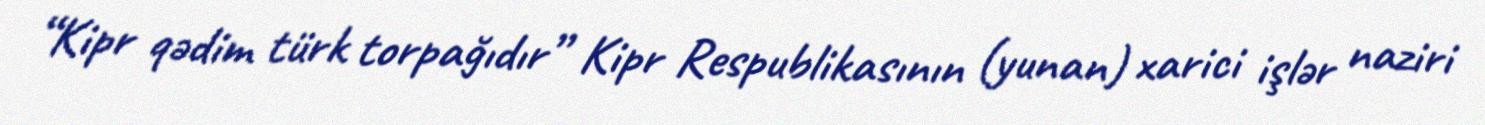
“Kipr qədim türk torpağıdır” Kipr Respublikasının (yunan) xarici işlər naziri